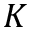
K